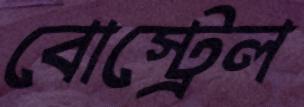
বোস্ট্রেল